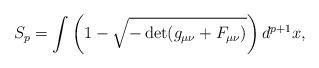
LaTeX: \begin{align*}S_p=\int\left(1-\sqrt{-\det(g_{\mu\nu}+F_{\mu\nu})}\right)d^{p+1}x,\end{align*}